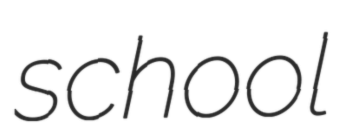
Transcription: school